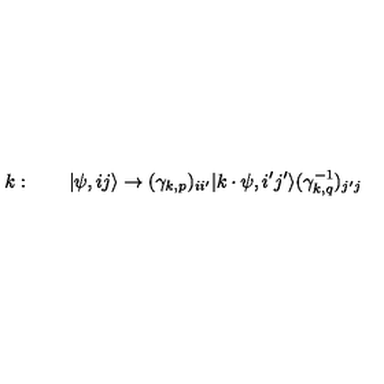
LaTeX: k : \quad \quad \vert \psi , i j \rangle \rightarrow ( \gamma _ { k , p } ) _ { i i ^ { \prime } } \vert k \cdot \psi , i ^ { \prime } j ^ { \prime } \rangle ( \gamma _ { k , q } ^ { - 1 } ) _ { j ^ { \prime } j }